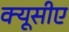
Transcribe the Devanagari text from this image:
क्यूसीए